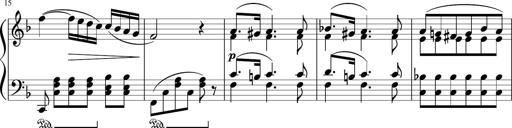
Title: 3 Sonatinen
Composer: Heinrich Lichner